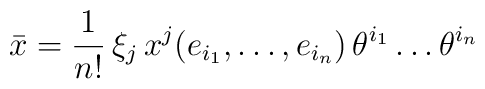
\bar{x}=  \frac{1}{n!}\,\xi_j\,x^j(e_{i_1},\dots,e_{i_n})\,  \theta^{i_1}\dots\theta^{i_n}